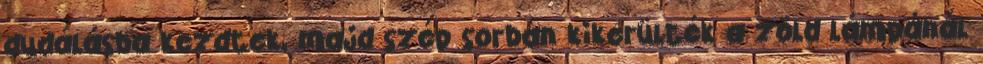
dudálásba kezdtek, majd szép sorban kikerülték a zöld lámpánál